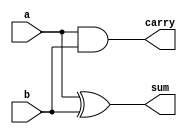
`timescale 1ns / 1ps
//////////////////////////////////////////////////////////////////////////////////
// Company: IIT Gandhinagar
// 
// Design Name: RCA_8bits
// Module Name: halfadder
// Project Name: Ripple Carry Adder (8 bits)

//////////////////////////////////////////////////////////////////////////////////


module halfadder(a, b, sum, carry); //structural code for halfadder
    input a, b;
    output sum, carry;
    assign sum = a ^ b; //sum= a XOR b
    assign carry = a & b; //carry = a AND b
endmodule